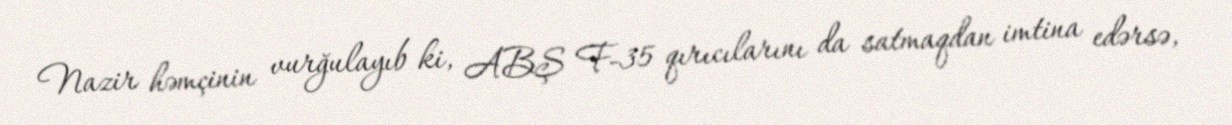
Nazir həmçinin vurğulayıb ki, ABŞ F-35 qırıcılarını da satmaqdan imtina edərsə,